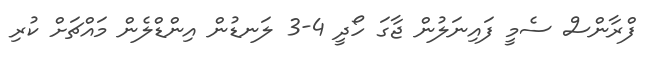
ފްރާންސް ސެމީ ފައިނަލުން ޖާގަ ހޯދީ 4-3 ލަނޑުން އިންޑްލެން މައްޗަށް ކުރި